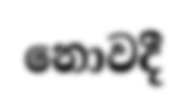
නොවදී